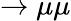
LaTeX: \rightarrow\mu\mu